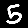
Digit: 5